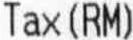
TAX(RM)